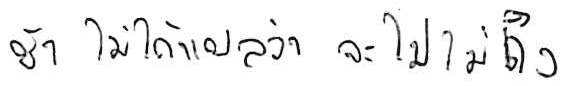
ช้า ไม่ได้แปลว่า จะไปไม่ถึง